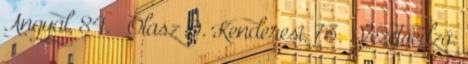
Angyal, 84. – Olasz D. Kenderesi, 73. . Vezetőedző: